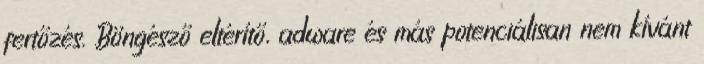
fertőzés. Böngésző eltérítő, adware és más potenciálisan nem kívánt